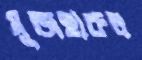
মুজহারুল